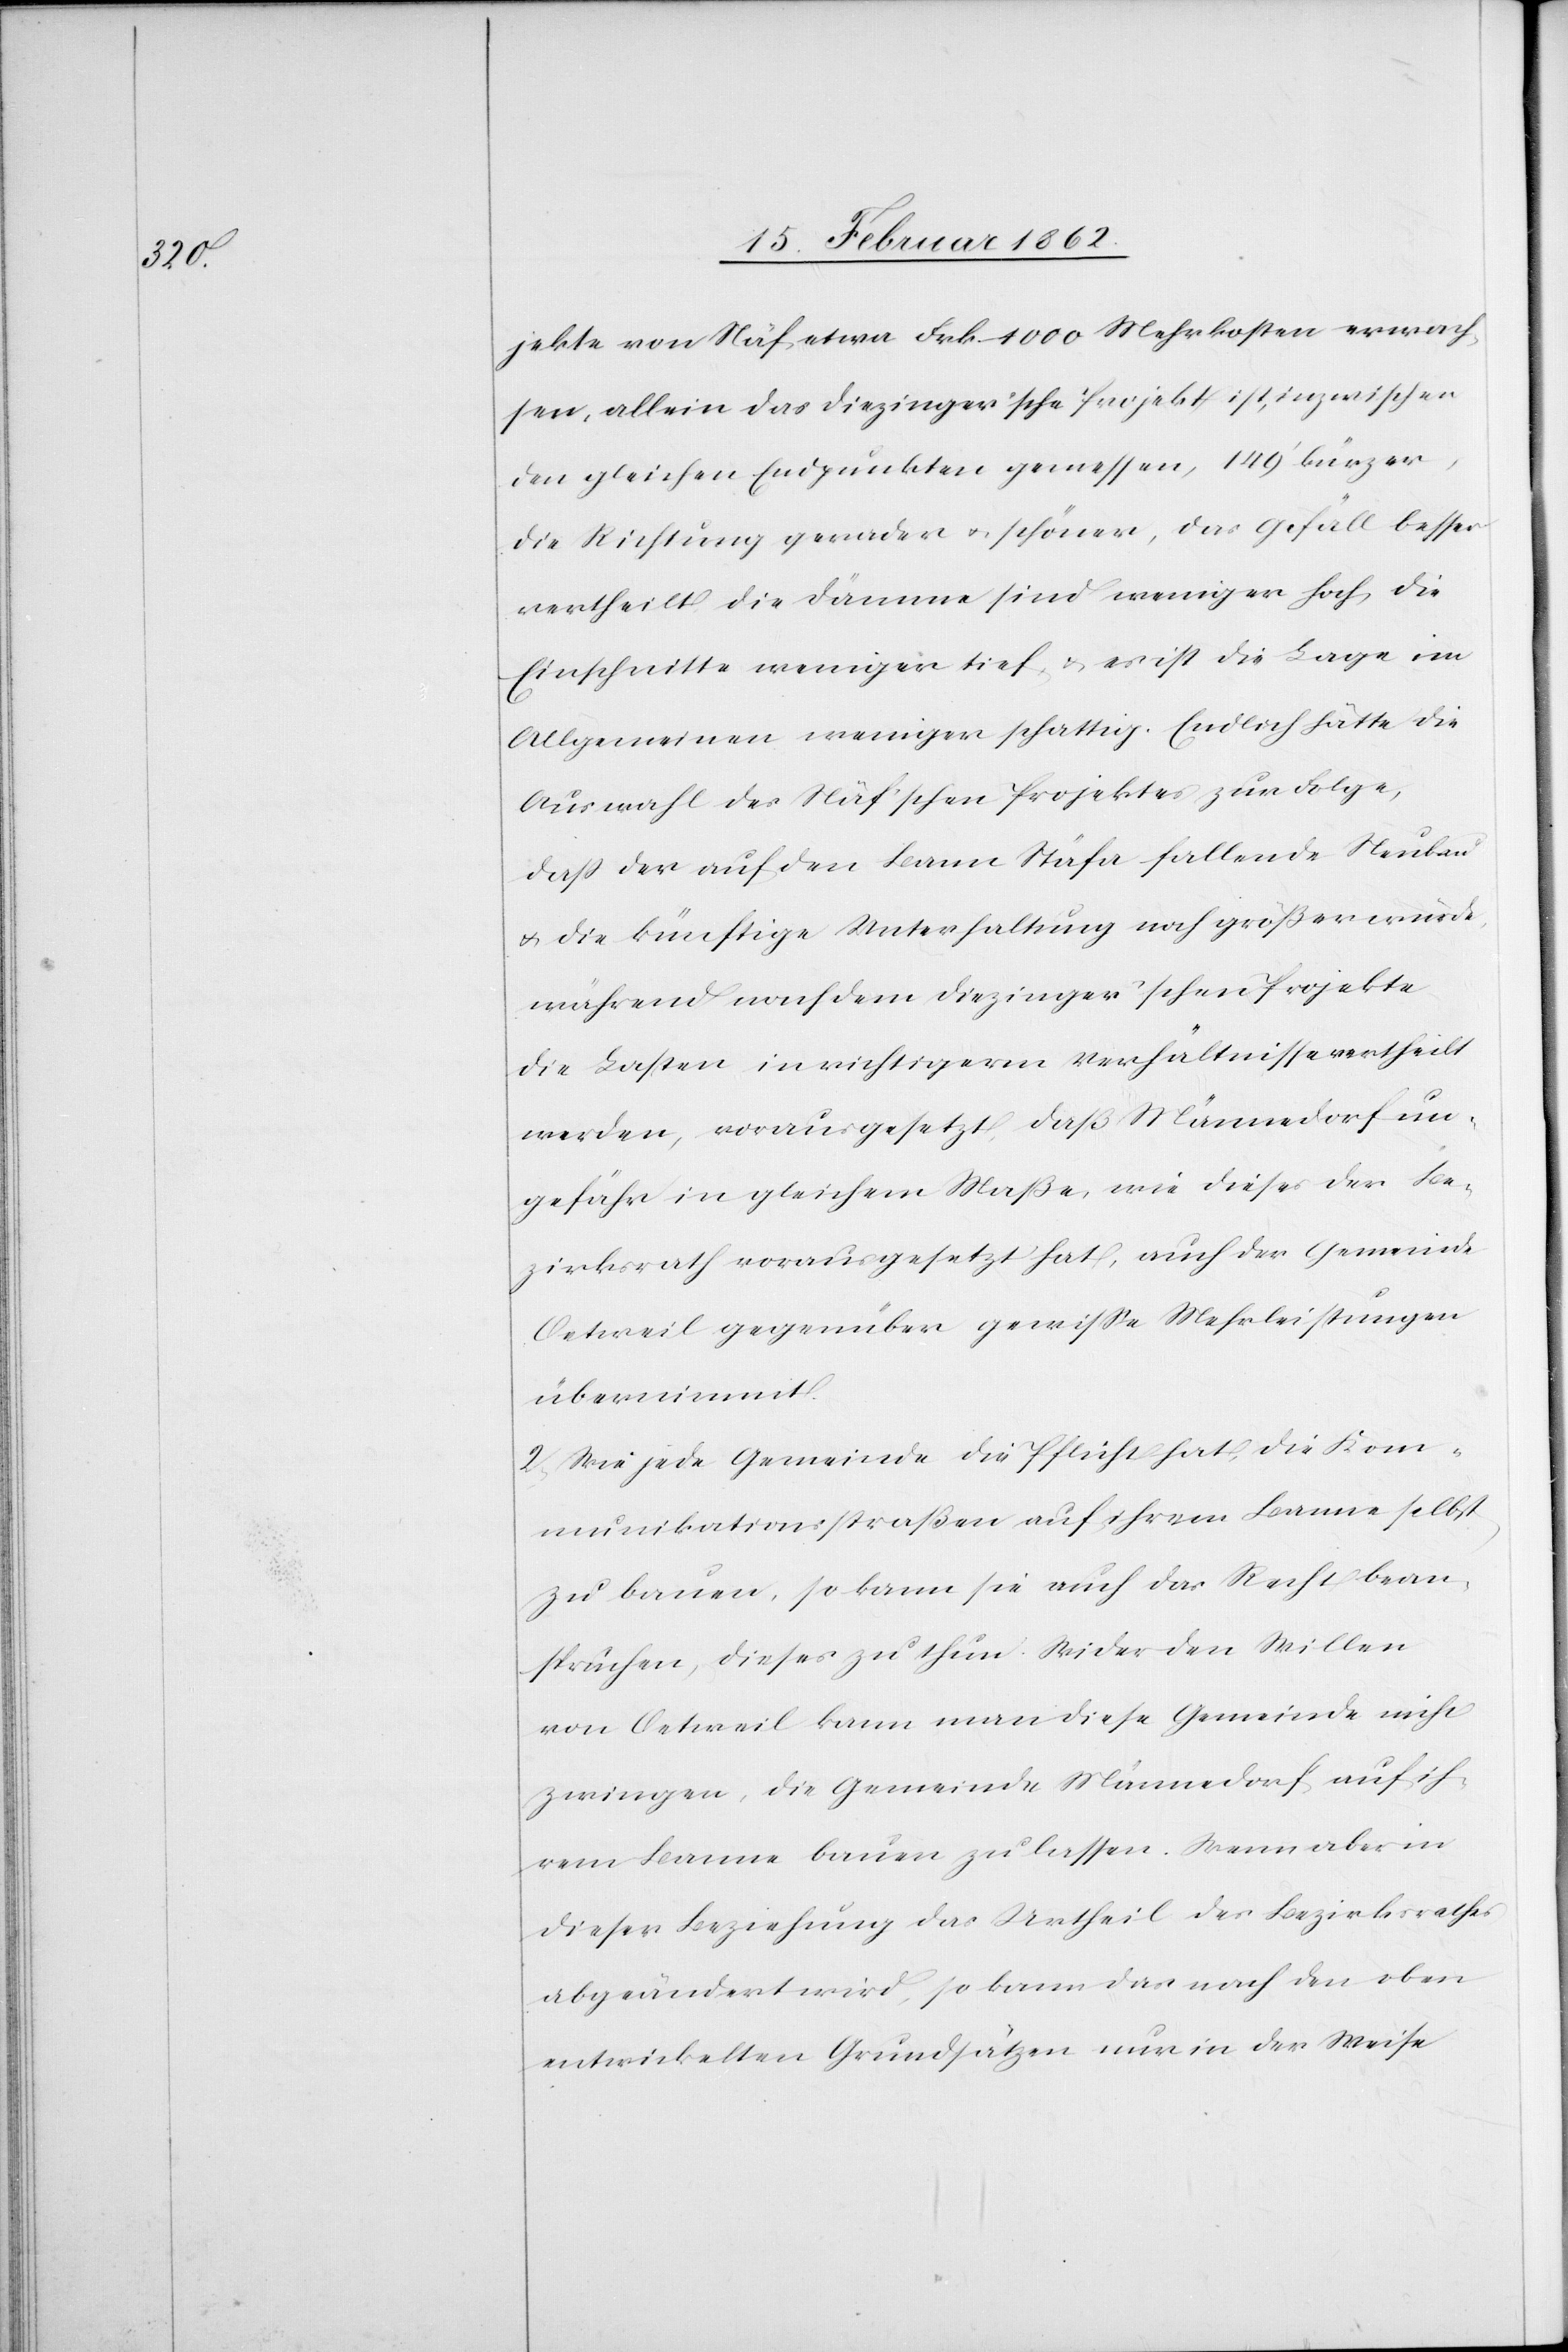
jekte von Näf etwa Frk. 1000 Mehrkosten erwach¬
sen, allein das Diezinger’sche Projekt ist, inzwischen
den gleichen Endpunkten gemessen, 149’ kürzer,
die Richtung gerader u. schöner, das Gefäll besser
vertheilt, die Dämme sind weniger hoch, die
Einschnitte weniger tief u. es ist die Lage im
Allgemeinen weniger schattig. Endlich hätte die
Auswahl des Näf’schen Projektes zur Folge,
daß der auf den Bann Stäfa fallende Neubau
u. die künftige Unterhaltung noch größer würde,
während nach dem Diezinger’schen Projekte
die Lasten in richtigerm Verhältnisse vertheilt
werden, vorausgesetzt, daß Männedorf un¬
gefähr in gleichem Maße, wie dieses der Be¬
zirksrath vorausgesetzt hat, auch der Gemeinde
Oetweil gegenüber gewisse Mehrleistungen
übernimmt.
2) Wie jede Gemeinde die Pflicht hat, die Kom¬
munikationsstraßen auf ihrem Banne selbst
zu bauen, so kann sie auch das Recht bean¬
spruchen, dieses zu thun. Wider den Willen
von Oetweil kann man diese Gemeinde nicht
zwingen, die Gemeinde Männedorf auf ih¬
rem Banne bauen zu lassen. Wenn aber in
dieser Beziehung das Urtheil des Bezirksrathes
abgeändert wird, so kann das nach den oben
entwickelten Grundsätzen nur in der Weise